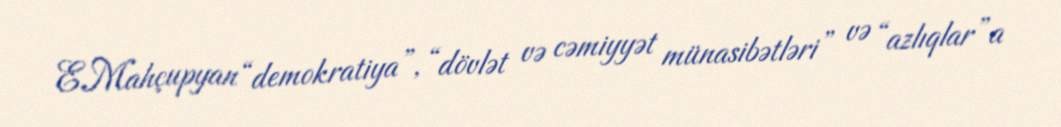
E.Mahçupyan “demokratiya”, “dövlət və cəmiyyət münasibətləri” və “azlıqlar”a